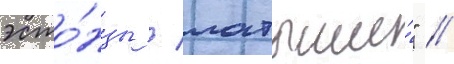
эсто́нцы / латыши́" //